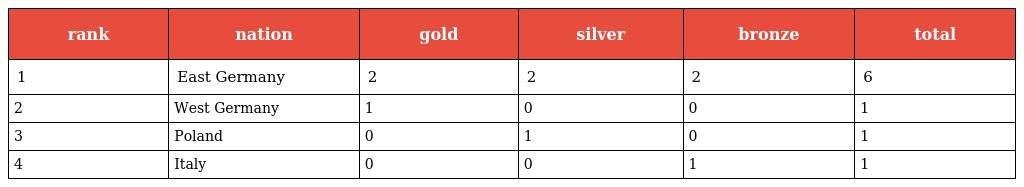
| rank | nation | gold | silver | bronze | total |
 | --- | --- | --- | --- | --- | --- |
 | 1 | East Germany | 2 | 2 | 2 | 6 |
 | 2 | West Germany | 1 | 0 | 0 | 1 |
 | 3 | Poland | 0 | 1 | 0 | 1 |
 | 4 | Italy | 0 | 0 | 1 | 1 |